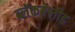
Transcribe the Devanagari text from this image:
ब्लॅकबेलीड